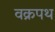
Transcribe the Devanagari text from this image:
वक्रपथ